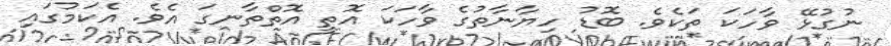
ނުގުޅޭ ވާހަކަ ތަކެވެ. ބޮޑު ހިޔާނާތުގެ ވާހަކަ އޮތީ އޮތްތާނގަ އެވެ. އެކަމުގައި